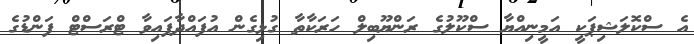
އެ ސްކޮލަޝިޕަކީ އަމީނިއްޔާ ސްކޫލުގެ ރަންޔޫބިލް ހަރަކާތާ ގުޅިގެން އުފައްދާފައިވާ ޓްރަސްޓް ފަންޑުގެ